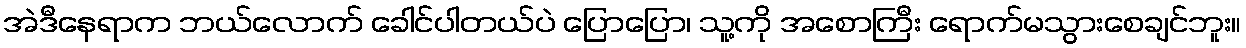
အဲဒီနေရာက ဘယ်လောက် ခေါင်ပါတယ်ပဲ ပြောပြော၊ သူ့ကို အစောကြီး ရောက်မသွားစေချင်ဘူး။